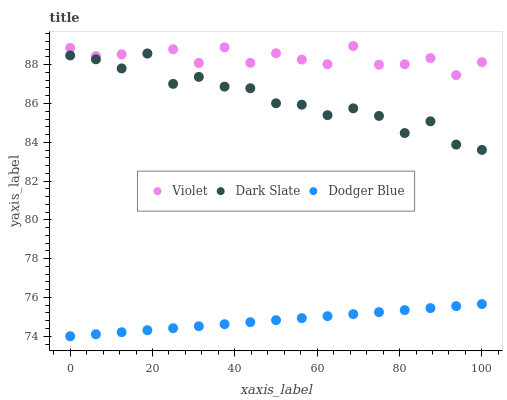
| xaxis_label | Violet | Dark Slate | Dodger Blue |
 | --- | --- | --- | --- |
 | 0 | 88.9 | 88.5 | 74 |
 | 6.25 | 88.4 | 88.3 | 74.1 |
 | 12.5 | 88.5 | 87.8 | 74.2 |
 | 18.8 | 88.6 | 88.6 | 74.3 |
 | 25 | 88.8 | 87 | 74.4 |
 | 31.2 | 88.1 | 87.4 | 74.5 |
 | 37.5 | 88.9 | 86.9 | 74.6 |
 | 43.8 | 88.1 | 86.8 | 74.7 |
 | 50 | 88.6 | 86 | 74.8 |
 | 56.2 | 88.3 | 85.9 | 74.9 |
 | 62.5 | 88 | 85.4 | 75 |
 | 68.8 | 89 | 85.8 | 75.1 |
 | 75 | 88 | 85.4 | 75.2 |
 | 81.2 | 88 | 84.5 | 75.3 |
 | 87.5 | 88.3 | 85.1 | 75.5 |
 | 93.8 | 87.5 | 83.9 | 75.6 |
 | 100 | 88.1 | 83.6 | 75.7 |